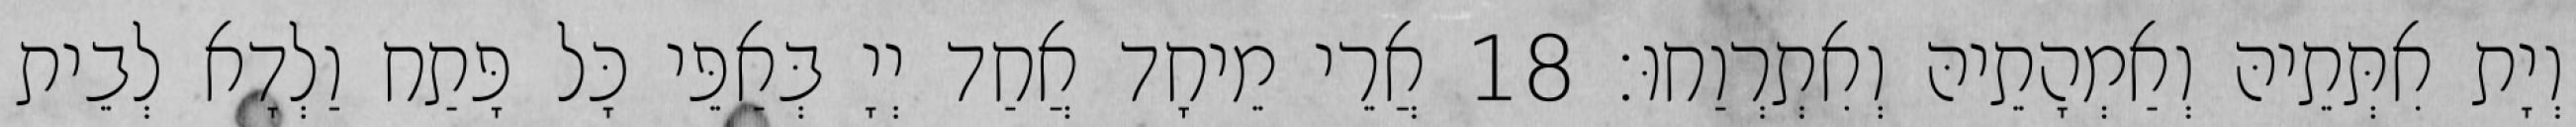
וְיָת אִתְּתֵיהּ וְאַמְהָתֵיהּ וְאִתְרְוַחוּ׃ 18 אֲרֵי מֵיחָד אֲחַד יְיָ בְּאַפֵּי כָּל פָּתַח וַלְדָא לְבֵית